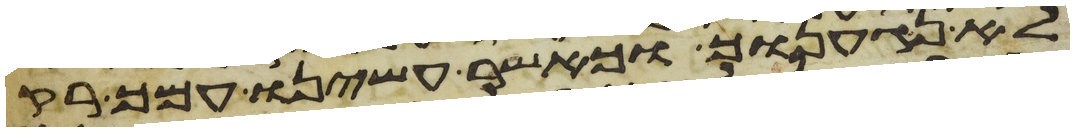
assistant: לא נגענוך וכאשר עשינו עמך רק